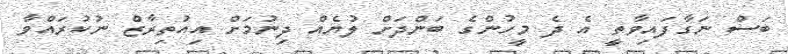
ބަސް ނަގާފައިވާތީ އެ ދެ މީހުންގެ ބަންދަށް ލުޔެއް ދިނުމަށް އިއުތިރާޒް ނުކުރައްވާ